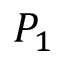
P _ { 1 }